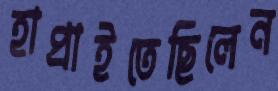
হাপ্‌রাইতেছিলেন